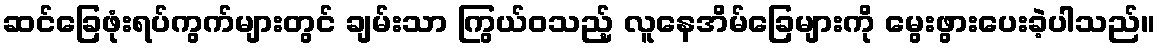
ဆင်ခြေဖုံးရပ်ကွက်များတွင် ချမ်းသာ ကြွယ်ဝသည့် လူနေအိမ်ခြေများကို မွေးဖွားပေးခဲ့ပါသည်။